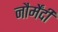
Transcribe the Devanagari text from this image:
नौर्मेंदी